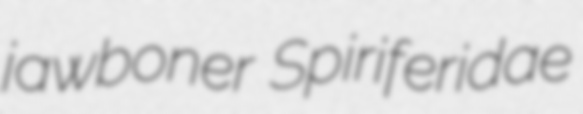
jawboner Spiriferidae